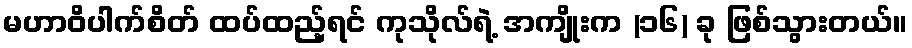
မဟာဝိပါက်စိတ် ထပ်ထည့်ရင် ကုသိုလ်ရဲ့ အကျိုးက (၁၆) ခု ဖြစ်သွားတယ်။